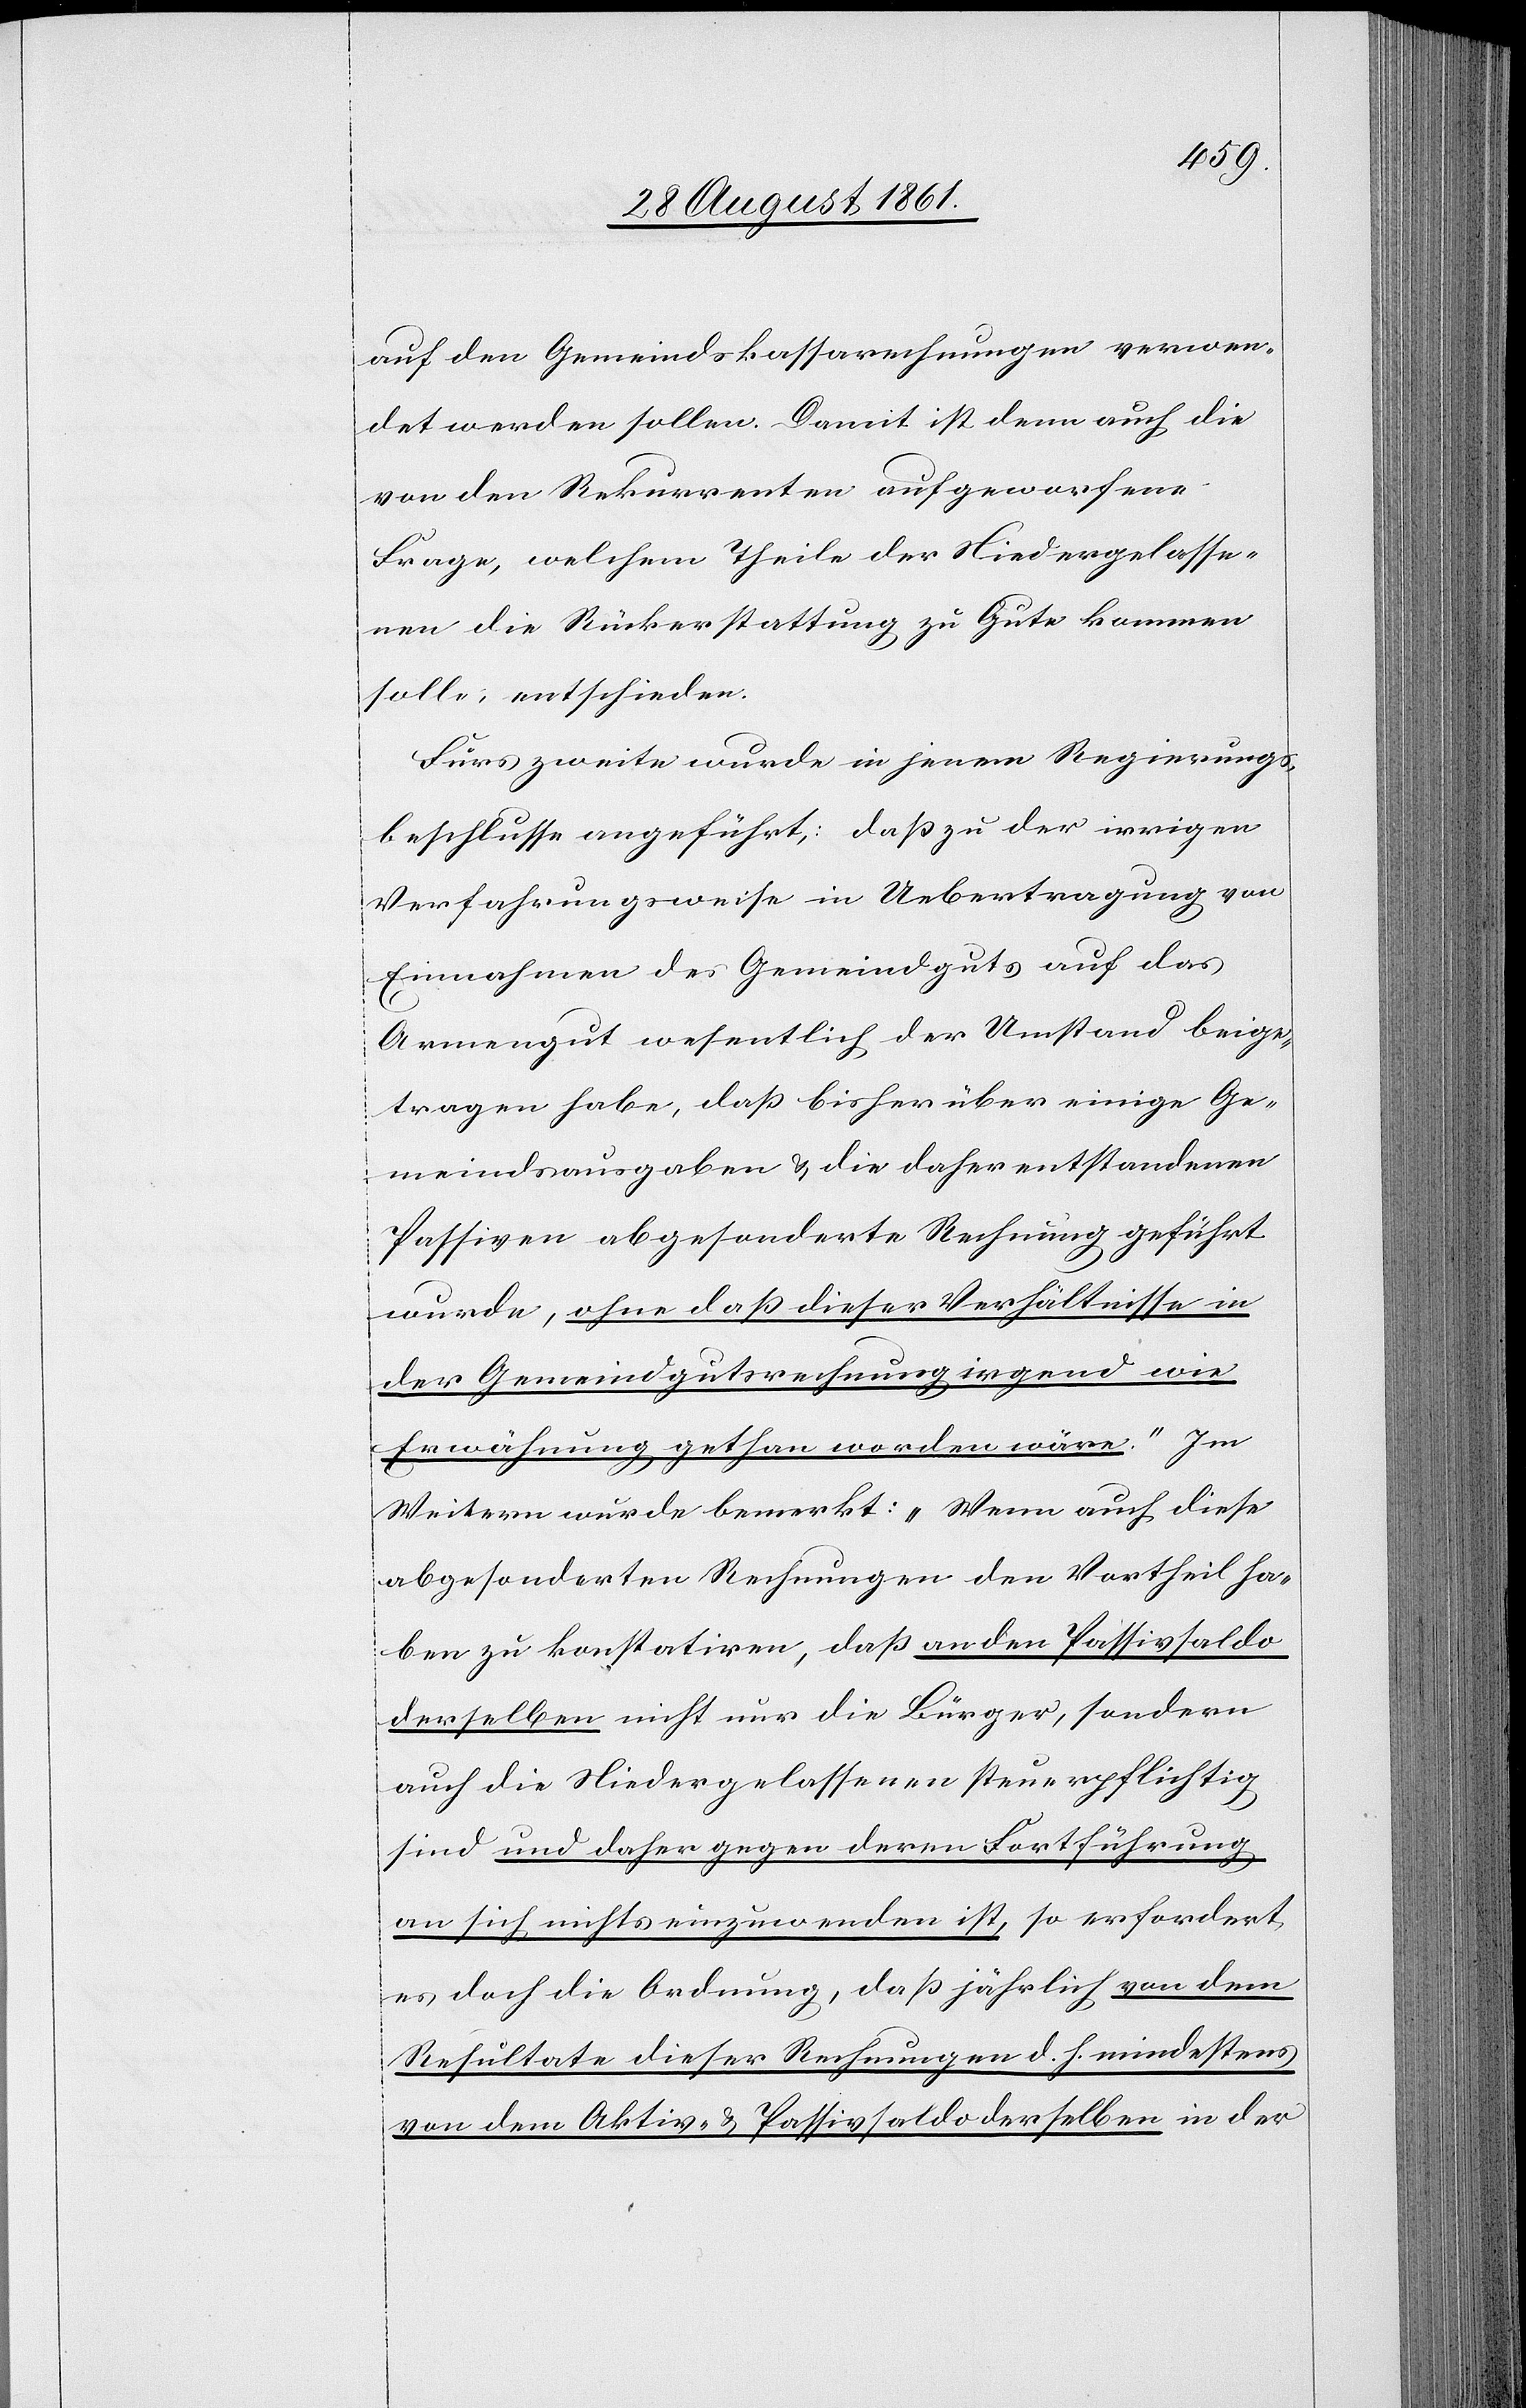
auf den Gemeindskassarechnungen verwen¬
det werden sollen. Damit ist denn auch die
von den Rekurrenten aufgeworfene
Frage, welchem Theile der Niedergelasse¬
nen die Rückerstattung zu Gute kommen
solle, entschieden.
Fürs zweite wurde in jenem Regierungs¬
beschlusse angeführt, daß zu der irrigen
Verfahrensweise in Uebertragung von
Einnahme des Gemeindgutes auf das
Armengut wesentlich der Umstand beige¬
tragen habe, daß bisher über einige Ge¬
meindsausgaben u. die daher entstandenen
Passiven abgesonderte Rechnung geführt
wurde, [„]ohne daß dieser Verhältnisse in
der Gemeindgutsrechnung irgend wie
Erwähnung gethan worden wäre.“ Im
Weitern wurde bemerkt: „Wenn auch diese
abgesonderten Rechnungen den Vortheil ha¬
ben zu konstatiren, daß an den Passivsaldo
derselben nicht nur die Bürger, sondern
auch die Niedergelassenen steuerpflichtig
sind und daher gegen deren Fortführung
an sich nichts einzuwenden ist, so erfordert
es doch die Ordnung, daß jährlich von dem
Resultate dieser Rechnungen d. h. mindestens
von dem Aktiv- u. Passivsaldo derselben in der